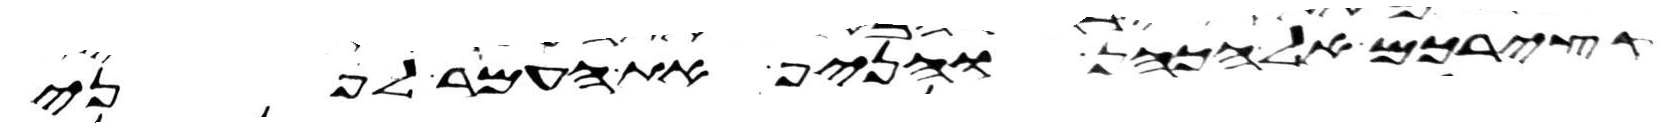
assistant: קצירכם אל הכהן והניף את העמר לפני